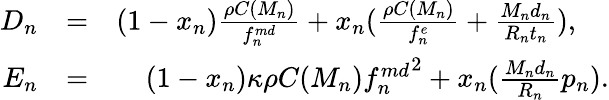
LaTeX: \begin{array}{rlr}{D_{n}}&{=}&{(1-x_{n})\frac{\rho C(M_{n})}{f_{n}^{md}}+x_{n}(\frac{\rho C(M_{n})}{f_{n}^{e}}+\frac{M_{n}d_{n}}{R_{n}t_{n}}),\ \ \ \ }\\ {E_{n}}&{=}&{(1-x_{n})\kappa\rho C(M_{n}){f_{n}^{md}}^{2}+x_{n}(\frac{M_{n}d_{n}}{R_{n}}p_{n}).}\end{array}